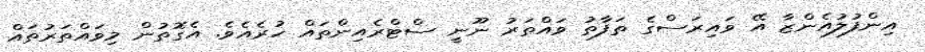
އިންފުލުއެންޒާ އޭ ވައިރަސްގެ ތަފާތު ވައްތަރު ނޫނީ ސްޓްރެއިންތައް ހުރެއެވެ. އެގޮތުން މިވައްތަރުތައް